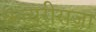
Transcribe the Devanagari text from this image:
कत्यूरीराजा